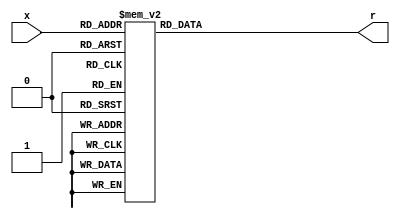
`timescale 1ns / 1ps
//////////////////////////////////////////////////////////////////////////////////
// Company: 
// Engineer: 
// 
// Design Name: 
// Module Name: hex_to_sseg
// Project Name: 
// Target Devices: 
// Tool Versions: 
// Description: 
// 
// Dependencies: 
// 
// Revision:
// Revision 0.01 - File Created
// Additional Comments:
// 
//////////////////////////////////////////////////////////////////////////////////


module hex_to_sseg(
    input [3:0] x,
    output reg [6:0] r
    );

    always @(*)
        case (x)                        //  4'bxxxx: r =    gfedcba;
            4'b0000: r = 7'b1000000;    //  4'd0: r = 7'b1000000;
            4'b0001: r = 7'b1111001;    //  4'd1: r = 7'b1111001;
            4'b0010: r = 7'b0100100;    //  4'd2: r = 7'b0100100;
            4'b0011: r = 7'b0110000;    //  4'd3: r = 7'b0110000;
            4'b0100: r = 7'b0011001;    //  4'd4: r = 7'b0011001;
            4'b0101: r = 7'b0010010;    //  4'd5: r = 7'b0010010; 
            4'b0110: r = 7'b0000010;    //  4'd6: r = 7'b0000010;
            4'b0111: r = 7'b1111000;    //  4'd7: r = 7'b1111000;
            4'b1000: r = 7'b0000000;    //  4'd8: r = 7'b0000000;
            4'b1001: r = 7'b0010000;    //  4'd9: r = 7'b0010000;
            default: r = 7'b1111111;    //  displays nothing on an error
            //4'b1111: r = 7'b1110111;      on 0xF, displays '_'
        endcase
endmodule